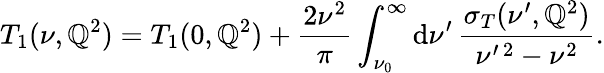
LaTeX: T_{1}(\nu,\mathbb{Q}^{2})=T_{1}(0,\mathbb{Q}^{2})+\frac{{2\nu^{2}}}{{\pi}}\int_{\nu_{0}}^{\infty}\mathrm{{d}}\nu^{\prime}\, \frac{{\sigma_{T}(\nu^{\prime},\mathbb{Q}^{2})}}{{\nu^{\prime\, 2}-\nu^{2}}}.